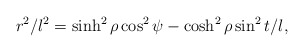
\begin{align*}r^2/l^2 = \sinh^2 \rho \cos^2 \psi - \cosh^2 \rho \sin^2 t/l,\end{align*}